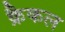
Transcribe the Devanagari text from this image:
क्रैकल